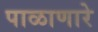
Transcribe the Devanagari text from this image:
पाळाणारे